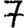
Digit: 7